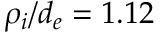
\rho _ { i } / d _ { e } = 1 . 1 2